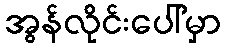
အွန်လိုင်းပေါ်မှာ